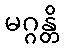
မဂ္ဂန္တိ